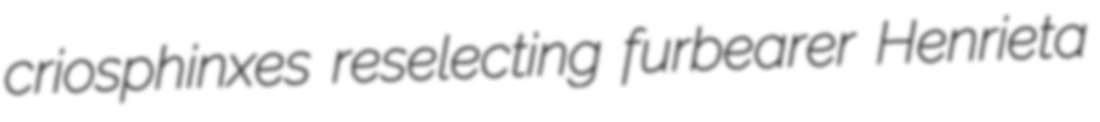
criosphinxes reselecting furbearer Henrieta